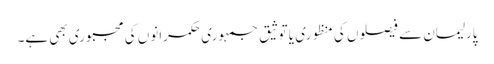
پارلیمان سے فیصلوں کی منظوری یا توثیق جمہوری حکمرانوں کی مجبوری بھی ہے۔